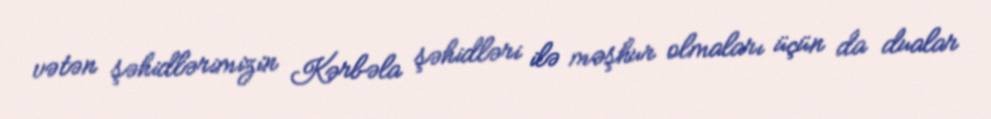
vətən şəhidlərimizin Kərbəla şəhidləri ilə məşhur olmaları üçün da dualar